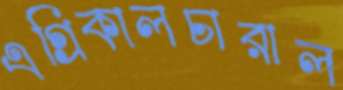
এগ্রিকালচারাল